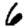
Digit: 6